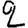
Digit: 2